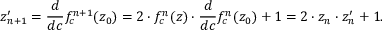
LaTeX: z _ { n + 1 } ^ { \prime } = { \frac { d } { d c } } f _ { c } ^ { n + 1 } ( z _ { 0 } ) = 2 \cdot { } f _ { c } ^ { n } ( z ) \cdot { \frac { d } { d c } } f _ { c } ^ { n } ( z _ { 0 } ) + 1 = 2 \cdot z _ { n } \cdot z _ { n } ^ { \prime } + 1 .